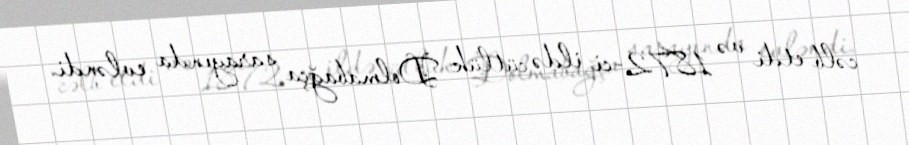
cəlb etdi və 1872-ci ildə cütlük Dolmabağça sarayında evləndi.